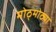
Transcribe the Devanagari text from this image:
मोठ्मोठ्या